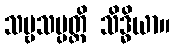
သဗ္ဗသမ္ပတ္တိ သိဒ္ဓိယာ။